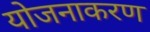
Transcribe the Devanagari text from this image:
योजनाकरण